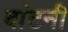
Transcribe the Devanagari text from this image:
बांटनी